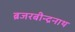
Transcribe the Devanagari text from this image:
ब्रजरबीन्द्रनाथ